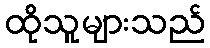
ထိုသူများသည်